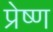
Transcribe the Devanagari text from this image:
प्रेष्ण